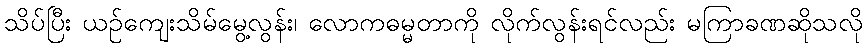
သိပ်ပြီး ယဉ်ကျေးသိမ်မွေ့လွန်း၊ လောကဓမ္မတာကို လိုက်လွန်းရင်လည်း မကြာခဏဆိုသလို